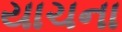
યાચના